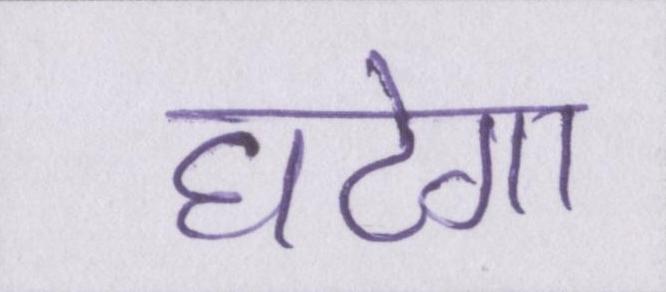
घटेगा